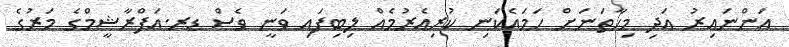
އަންނައިރު އަދި މިހާތަނަށް ހަމައެކަނި ކުރިއެރުމެއް ލިބިފައި ވަނީ ވެސް ޑރ.އަފްރާޝީމްގެ މަރުގެ